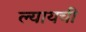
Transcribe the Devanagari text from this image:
ल्यायची